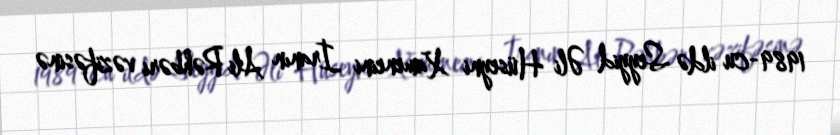
1989-cu ildə Seyyid Əli Hüseyni Xameneini İranın Ali Rəhbəri vəzifəsinə